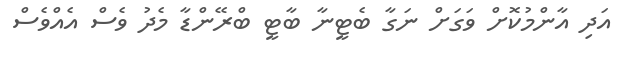
އަދި އާންމުކޮށް ވަގަށް ނަގާ ބެޓީނާ ބާޓީ ބްރޭންޑާ މެދު ވެސް އެއްވެސް